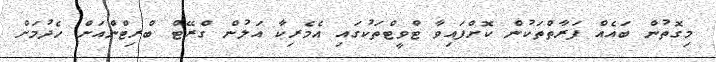
މިގޮތުން ބައެއް ފަރާތްތަކުން ކޮށްފައިވާ ޓްވީޓްތަކުގައި އެމެރިކާ އަލުން ގްރޭޓް ބްރިޓްންއަށް ހެދުމަށް